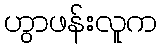
ဟွာဖန်းလူက